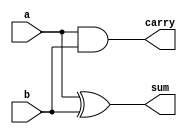
`timescale 1ns / 1ps
//////////////////////////////////////////////////////////////////////////////////
// Company: 
// Engineer: 
// 
// Design Name: 
// Module Name:    halfadder_n 
// Project Name: 
// Target Devices: 
// Tool versions: 
// Description: 
//
// Dependencies: 
//
// Revision: 
// Revision 0.01 - File Created
// Additional Comments: 
//
//////////////////////////////////////////////////////////////////////////////////
module halfadder_n(
	input a,
	input b,
	output sum,
	output carry
    );
assign sum=a^b;
assign carry=a&b;

endmodule